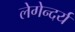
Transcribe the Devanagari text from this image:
लेगेन्दर्य